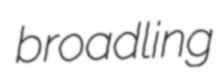
broadling